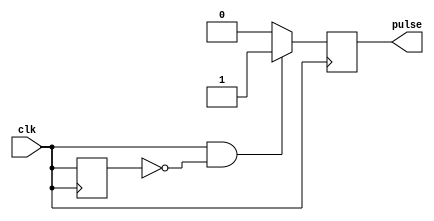
module Falling_Edge_Pulse_Generator (
    input wire clk,
    output reg pulse
);

reg prev_clk;

always @(posedge clk) begin
    if (clk && !prev_clk) begin
        pulse <= 1;
    end else begin
        pulse <= 0;
    end
    prev_clk <= clk;
end

endmodule